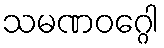
သမဏဝဂ္ဂေါ